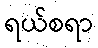
ရယ်စရာ